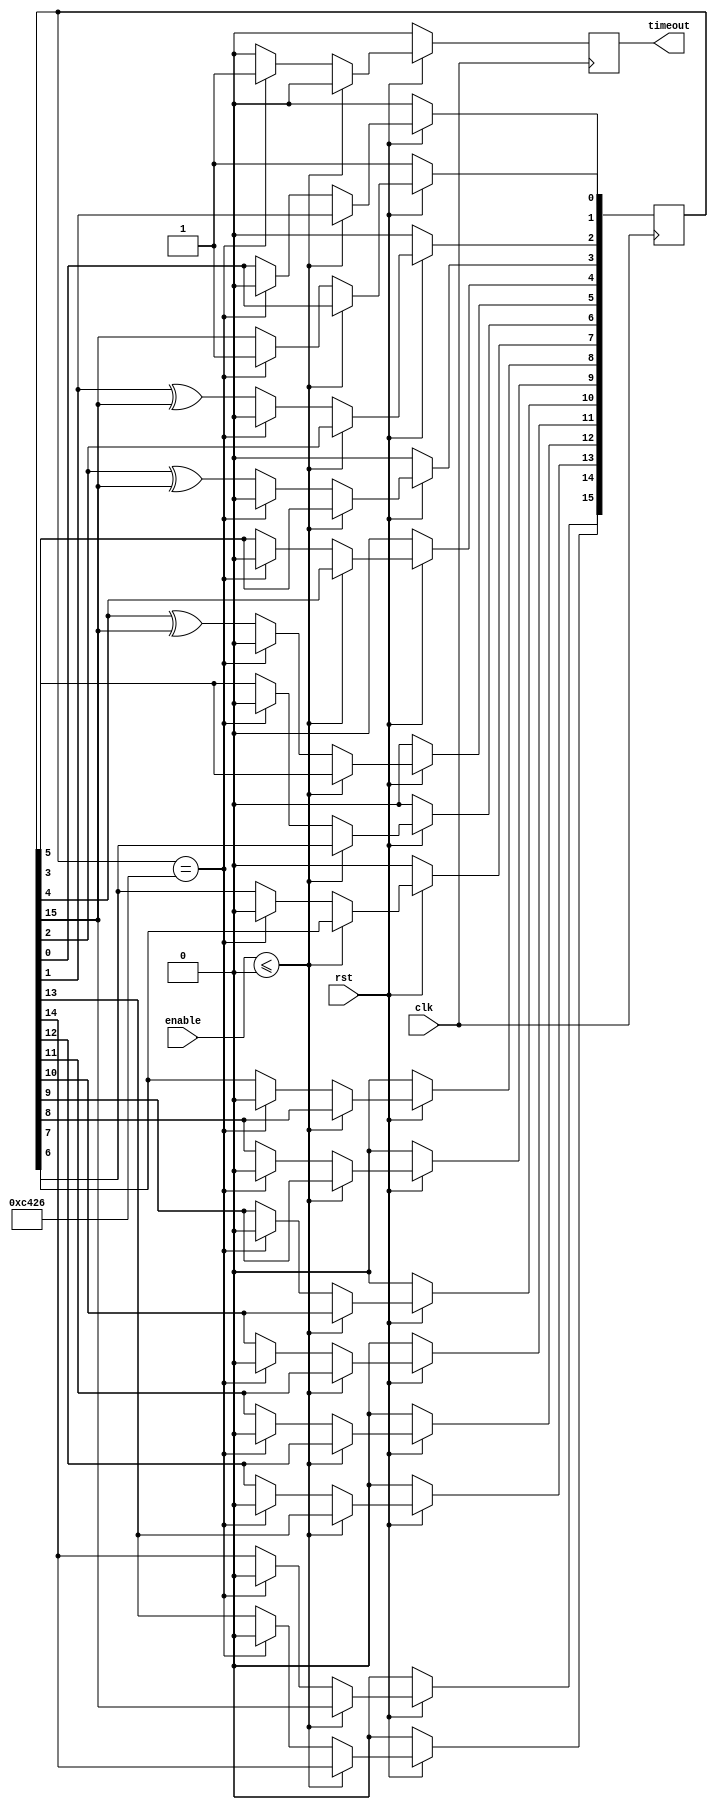
// ECE 5440
// Mohammed Kassif 6092
// One_ms_lsfr
// counts to 50k/1 ms using lsfr
module One_ms_lfsr(clk, rst, enable,timeout);
  input clk, rst, enable;
  output timeout;
  reg timeout ;
  reg[15:0] LFSR;
  wire feedback = LFSR[15];

  always @(posedge clk)  begin
  timeout<=1'b0;

 if(rst==1'b0) begin
  LFSR <=16'd1; // no 0000 state.
  timeout<=1'b0;
 end
 else  begin
   if (enable<=1'b0) 
    timeout<=1'b0;  
   
   else begin
    if (LFSR == 16'b1100010000100110) begin //1100010000100110
     timeout<=1'b1;
     LFSR <=16'd1; 
    end 
   
   else begin
    LFSR[0] <= feedback;
    LFSR[1] <= LFSR[0];
    LFSR[2] <= LFSR[1] ^ feedback;
    LFSR[3] <= LFSR[2] ^ feedback;
    LFSR[4] <= LFSR[3];
    LFSR[5] <= LFSR[4] ^ feedback;
    LFSR[6] <= LFSR[5];
    LFSR[7] <= LFSR[6];
    LFSR[8] <= LFSR[7];
    LFSR[9] <= LFSR[8];
    LFSR[10] <= LFSR[9];
    LFSR[11] <= LFSR[10];
    LFSR[12] <= LFSR[11];
    LFSR[13] <= LFSR[12];
    LFSR[14] <= LFSR[13];
    LFSR[15] <= LFSR[14];
   end  
 end 
 end
  end

endmodule